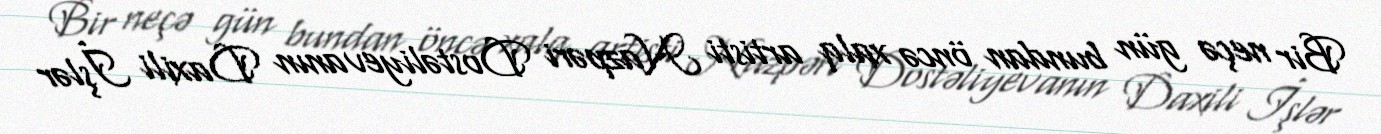
Bir neçə gün bundan öncə xalq artisti Nazpəri Dostəliyevanın Daxili İşlər